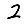
Digit: 2